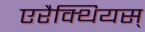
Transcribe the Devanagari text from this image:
एरैक्थियस्‌